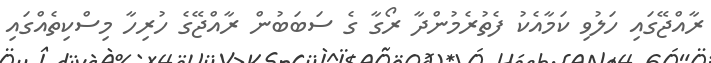
ރާއްޖޭގައި ހަލުވި ކަމާއެކު ފެތުރެމުންދާ ރޯގާ ގެ ސަބަބުން ރާއްޖޭގެ ހުރިހާ މިސްކިތެއްގައި